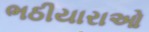
ભઠીયારાઓ